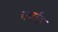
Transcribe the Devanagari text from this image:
चर्वाह